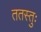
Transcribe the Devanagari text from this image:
ततस्तुः